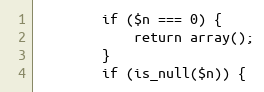
Language: PHP
        if ($n === 0) {
            return array();
        }
        if (is_null($n)) {